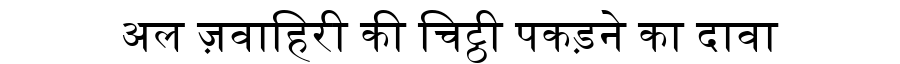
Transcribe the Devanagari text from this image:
अल ज़वाहिरी की चिट्ठी पकड़ने का दावा